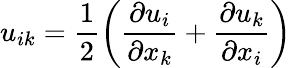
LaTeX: u_{ik}=\frac{1}{2}\left(\frac{\partial u_{i}}{\partial x_{k}}+\frac{\partial u_{k}}{\partial x_{i}}\right)